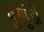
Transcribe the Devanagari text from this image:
बुरगुंडी